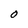
Character: O